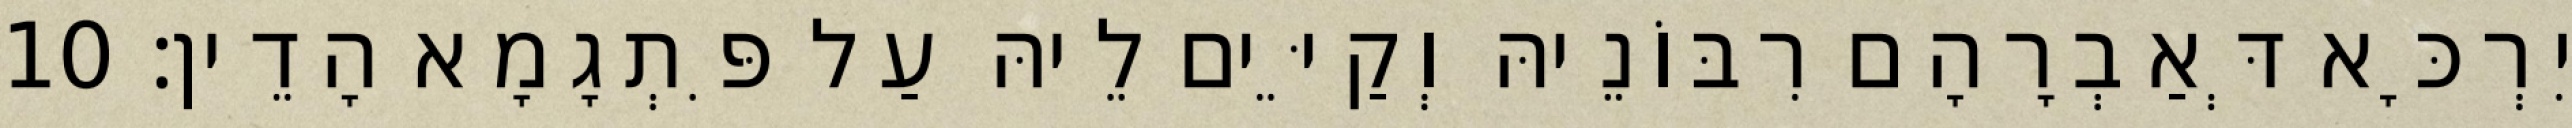
יִרְכָּא דְּאַבְרָהָם רִבּוֹנֵיהּ וְקַיֵּים לֵיהּ עַל פִּתְגָמָא הָדֵין׃ 10